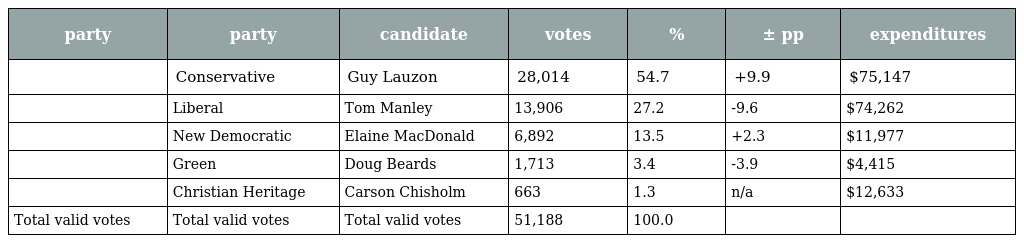
| party | party | candidate | votes | % | ± pp | expenditures |
 | --- | --- | --- | --- | --- | --- | --- |
 |  | Conservative | Guy Lauzon | 28,014 | 54.7 | +9.9 | $75,147 |
 |  | Liberal | Tom Manley | 13,906 | 27.2 | -9.6 | $74,262 |
 |  | New Democratic | Elaine MacDonald | 6,892 | 13.5 | +2.3 | $11,977 |
 |  | Green | Doug Beards | 1,713 | 3.4 | -3.9 | $4,415 |
 |  | Christian Heritage | Carson Chisholm | 663 | 1.3 | n/a | $12,633 |
 | Total valid votes | Total valid votes | Total valid votes | 51,188 | 100.0 |  |  |